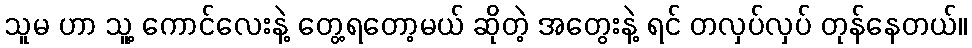
သူမ ဟာ သူ့ ကောင်လေးနဲ့ တွေ့ရတော့မယ် ဆိုတဲ့ အတွေးနဲ့ ရင် တလှပ်လှပ် တုန်နေတယ်။